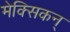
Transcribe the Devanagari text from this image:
मेक्सिकन्